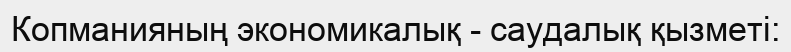
Копманияның экономикалық - саудалық қызметі: